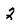
Character: 2